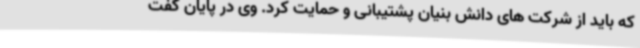
که باید از شرکت های دانش بنیان پشتیبانی و حمایت کرد. وی در پایان گفت